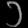
Digit: ၁